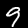
Digit: 9